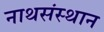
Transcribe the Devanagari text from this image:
नाथसंस्थान